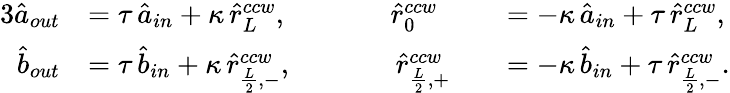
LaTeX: \begin{array}{rlrl}{{3}\hat{a}_{out}}&{=\tau\, \hat{a}_{in}+\kappa\, \hat{r}_{L}^{ccw},\; \; \; \; \; \; \; \; \; \; \; \; \; \hat{r}_{0}^{ccw}}&&{=-\kappa\, \hat{a}_{in}+\tau\, \hat{r}_{L}^{ccw},}\\ {\hat{b}_{out}}&{=\tau\, \hat{b}_{in}+\kappa\, \hat{r}_{\frac{L}{2},-}^{ccw},\; \; \; \; \; \; \; \; \; \; \; \; \; \hat{r}_{\frac{L}{2},+}^{ccw}}&&{=-\kappa\, \hat{b}_{in}+\tau\, \hat{r}_{\frac{L}{2},-}^{ccw}.}\end{array}